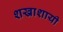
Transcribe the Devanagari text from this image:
शखाशायी